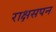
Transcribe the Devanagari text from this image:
राक्षसपन